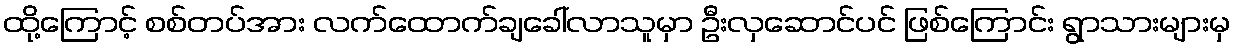
ထို့ကြောင့် စစ်တပ်အား လက်ထောက်ချခေါ်လာသူမှာ ဦးလှဆောင်ပင် ဖြစ်ကြောင်း ရွာသားများမှ